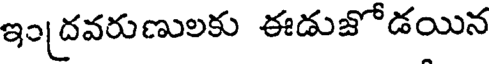
ఇందవరుణులకు ఈడుజోడయిన